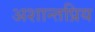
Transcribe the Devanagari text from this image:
अशान्तप्रिय